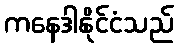
ကနေဒါနိုင်ငံသည်